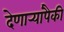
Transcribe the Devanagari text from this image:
देणार्‍यांपैकी